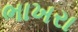
ભાખરા